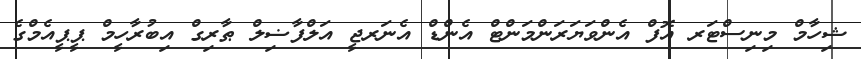
ޝިހާމް މިނިސްޓަރ އޮފް އެންވަޔަރަންމަންޓް އެންޑް އެނަރޖީ އަލްފާޟިލް ޠާރިގް އިބުރާހީމް ޕީޕީއެމްގެ